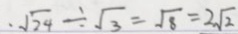
. \sqrt { 2 4 } \div \sqrt { 3 } = \sqrt { 8 } = 2 \sqrt { 2 }